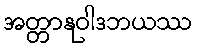
အတ္တာနုဝါဒဘယဿ